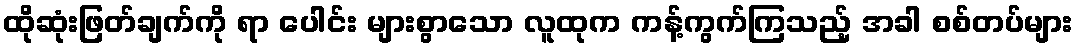
ထိုဆုံးဖြတ်ချက်ကို ရာ ပေါင်း များစွာသော လူထုက ကန့်ကွက်ကြသည့် အခါ စစ်တပ်များ